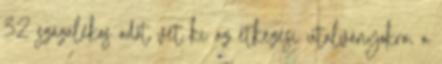
32 százalékos adót vet ki az étkezési utalványokra, a